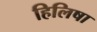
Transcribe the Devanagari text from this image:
हिलिषा